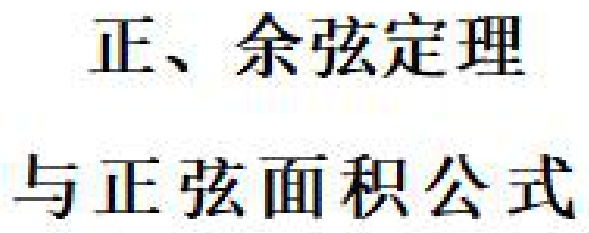
正、余弦定理
与正弦面积公式